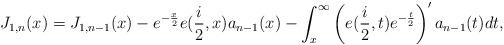
LaTeX: \begin{align*}J_{1,n}(x)=J_{1,n-1}(x)-e^{-\frac{x}{2}}e(\frac{i}{2},x)a_{n-1}(x)-\int_{x}^{\infty}\left( e(\frac{i}{2},t)e^{-\frac{t}{2}}\right) ^{\prime}a_{n-1}(t)dt, \end{align*}